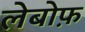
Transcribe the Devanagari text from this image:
लेबोफ़